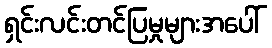
ရှင်းလင်းတင်ပြမှုများအပေါ်